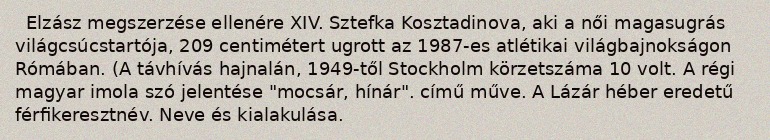
Elzász megszerzése ellenére XIV. Sztefka Kosztadinova, aki a női magasugrás világcsúcstartója, 209 centimétert ugrott az 1987-es atlétikai világbajnokságon Rómában. (A távhívás hajnalán, 1949-től Stockholm körzetszáma 10 volt. A régi magyar imola szó jelentése "mocsár, hínár". című műve. A Lázár héber eredetű férfikeresztnév. Neve és kialakulása.